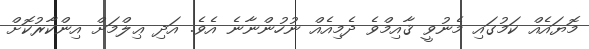
މޮޔައެއް ކަމުގައި މެނުވީ ޤާއިމްވެ ދެމިއެއް ނުހުންނާނެ އެވެ. އަދި ޢިލްމަށް އިންކާރުކޮށް